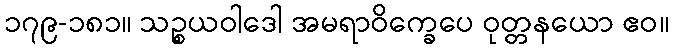
၁၇၉-၁၈၁။ သဉ္စယဝါဒေါ အမရာဝိက္ခေပေ ဝုတ္တနယော ဧဝ။